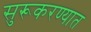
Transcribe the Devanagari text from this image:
सुरूकरण्यात